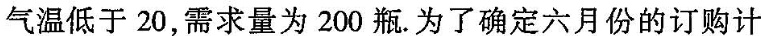
气温低于20，需求量为200瓶。为了确定六月份的订购计